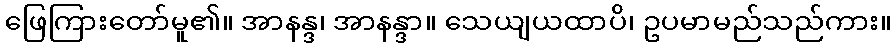
ဖြေကြားတော်မူ၏။ အာနန္ဒ၊ အာနန္ဒာ။ သေယျယထာပိ၊ ဥပမာမည်သည်ကား။